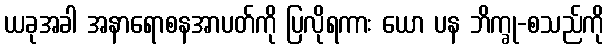
ယခုအခါ အနာရောစနအာပတ်ကို ပြလိုရကား ယော ပန ဘိက္ခု-စသည်ကို